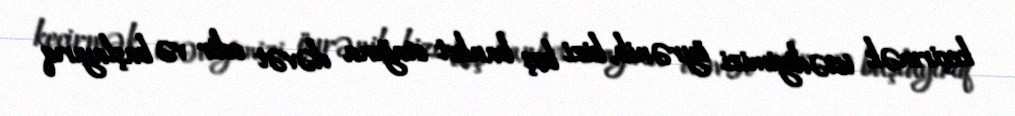
keçirmək istədiyimizi öyrənib, bizi boş banket otağına dəvət edir və başlayırıq